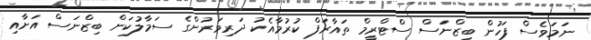
ނަމަވެސް ފަހުން ބިޒްނަސް ސްޓްރީމް ތައާރަފް ކުރުމާއެކު ދަރިވަރުންގެ ސަމާލުކަން ބިޒްނަސް އަށާއި